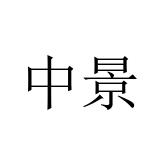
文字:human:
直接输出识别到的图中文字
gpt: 中景